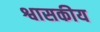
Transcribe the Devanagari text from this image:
श्वासकीय